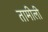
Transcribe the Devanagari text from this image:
तामीली